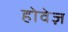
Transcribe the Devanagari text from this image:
होवेज़